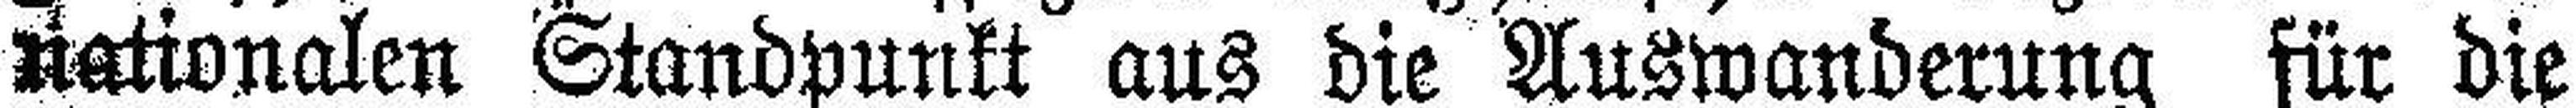
nationalen Standpunkt aus die Auswanderung für die